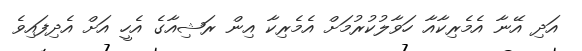
އަދި އޭނާ އެމެރިކާއާ ހަވާލުކުރުމަށް އެމެރިކާ އިން ރަޝިއާގެ އެހީ އަށް އެދިފައިވެ